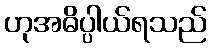
ဟုအဓိပ္ပါယ်ရသည်